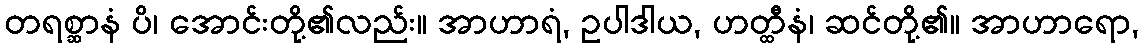
တရစ္ဆာနံ ပိ၊ အောင်းတို့၏လည်း။ အာဟာရံ, ဥပါဒါယ, ဟတ္ထီနံ၊ ဆင်တို့၏။ အာဟာရော,